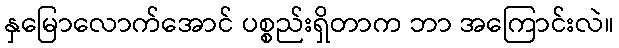
နှမြောလောက်အောင် ပစ္စည်းရှိတာက ဘာ အကြောင်းလဲ။